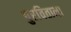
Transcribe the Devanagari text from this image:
पुरविताना